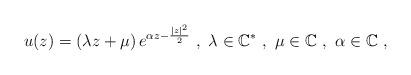
LaTeX: \begin{align*}u(z)=(\lambda z+\mu)\, e^{\alpha z-\frac{|z|^2}{2}}\ ,\ \lambda \in {\mathbb C}^*\ ,\ \mu \in {\mathbb C}\ ,\ \alpha \in {\mathbb C}\ ,\end{align*}